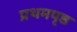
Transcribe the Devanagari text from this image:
प्रथमपृष्ठ